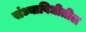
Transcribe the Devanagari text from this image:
संध्याविधीतील